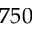
7 5 0